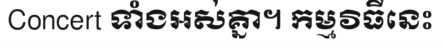
Concert ទាំងអស់គ្នា។ កម្មវិធីនេះ